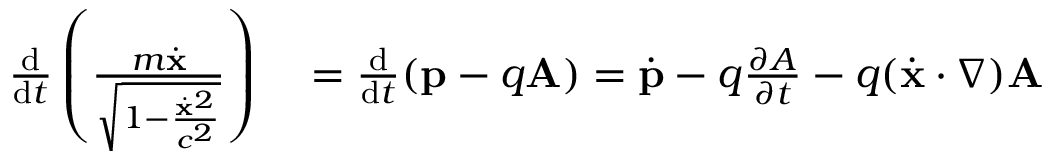
\begin{array} { r l } { { \frac { \mathrm { d } } { \mathrm { d } t } } \left( { \frac { m { \dot { \mathbf { x } } } } { \sqrt { 1 - { \frac { { \dot { \mathbf { x } } } ^ { 2 } } { c ^ { 2 } } } } } } \right) } & { { } = { \frac { \mathrm { d } } { \mathrm { d } t } } ( \mathbf { p } - q \mathbf { A } ) = { \dot { \mathbf { p } } } - q { \frac { \partial A } { \partial t } } - q ( { \dot { \mathbf { x } } } \cdot \nabla ) \mathbf { A } } \end{array}